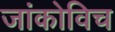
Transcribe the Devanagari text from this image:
जांकोविच